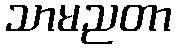
သာမညတာ